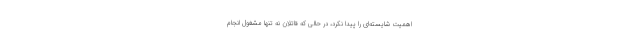
اهمیت شایسته‌ای را پیدا نکرد، در حالی که قاتلان نه تنها مشغول انجام